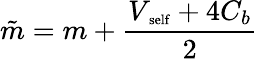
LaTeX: \tilde{m}=m+\frac{V_{\mathrm{\scriptsize~self}}+4C_{b}}{2}